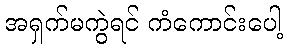
အရှက်မကွဲရင် ကံကောင်းပေါ့